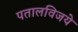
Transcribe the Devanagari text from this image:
पतालविजये